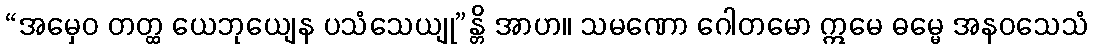
“အမှေဝ တတ္ထ ယေဘုယျေန ပသံသေယျု”န္တိ အာဟ။ သမဏော ဂေါတမော ဣမေ ဓမ္မေ အနဝသေသံ